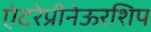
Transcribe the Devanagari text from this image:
एंटरेप्रीनेऊरशिप